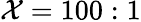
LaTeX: \mathcal{X}=100:1